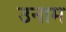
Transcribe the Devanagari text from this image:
उनाम